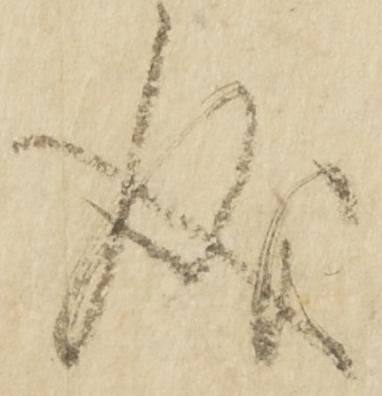
成